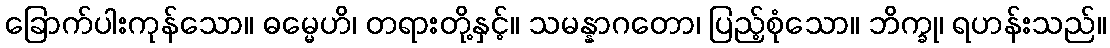
ခြောက်ပါးကုန်သော။ ဓမ္မေဟိ၊ တရားတို့နှင့်။ သမန္နာဂတော၊ ပြည့်စုံသော။ ဘိက္ခု၊ ရဟန်းသည်။